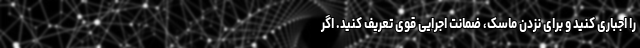
را اجباری کنید و برای نزدن ماسک، ضمانت اجرایی قوی تعریف کنید. اگر